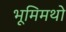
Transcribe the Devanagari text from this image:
भूमिमथो